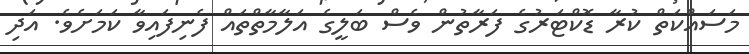
މަސައްކަތް ކުރާ ޑޮކްޓަރުގެ ފަރާތުން ވެސް ބަލީގެ އަލާމާތްތައް ފެނިފައިވާ ކަމަށެވެ. އަދި